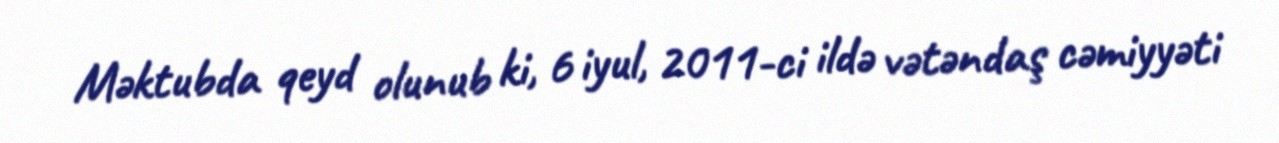
Məktubda qeyd olunub ki, 6 iyul, 2011-ci ildə vətəndaş cəmiyyəti